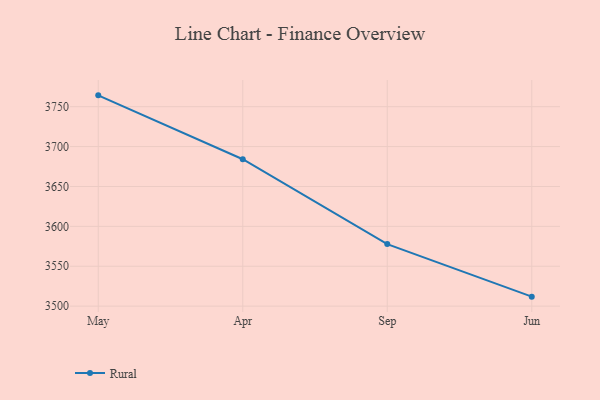
{"axis": {"x": "Month", "y": "Tickets Resolved"}, "legend": ["Rural"], "data": [{"x": "May", "y": 3764.2, "type": "Rural"}, {"x": "Apr", "y": 3684.1, "type": "Rural"}, {"x": "Sep", "y": 3577.8, "type": "Rural"}, {"x": "Jun", "y": 3511.9, "type": "Rural"}]}